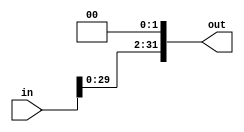
// Chris Kenyon and Brandon Nguyen
// input should be the sign extended output

module leftshift2_32b(in, out);
  input [31:0] in;
  output reg[31:0] out;
  
  always @(in)
  	out = (in << 2); 
endmodule